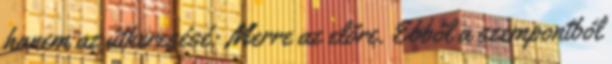
hanem az útkeresésé: Merre az előre. Ebből a szempontból